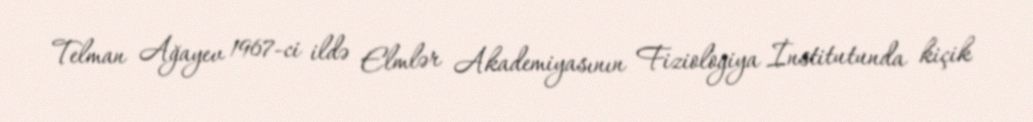
Telman Ağayev 1967-ci ildə Elmlər Akademiyasının Fiziologiya İnstitutunda kiçik